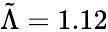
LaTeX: \tilde{\Lambda}=1.12